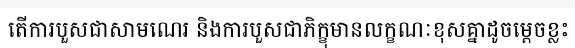
តើការបួសជាសាមណេរ និងការបួសជាភិក្ខុមានលក្ខណៈខុសគ្នាដូចម្តេចខ្លះ